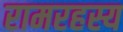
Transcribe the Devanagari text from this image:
रामरहस्य